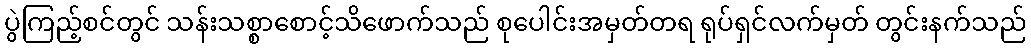
ပွဲကြည့်စင်တွင် သန်းသစ္စာစောင့်သိဖောက်သည် စုပေါင်းအမှတ်တရ ရုပ်ရှင်လက်မှတ် တွင်းနက်သည်